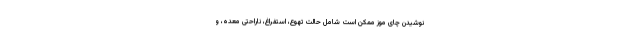
نوشیدن چای موز ممکن است شامل حالت تهوع، استفراغ، ناراحتی معده، و